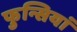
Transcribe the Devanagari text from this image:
फुन्सियां